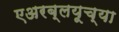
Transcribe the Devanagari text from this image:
एअरब्लयूच्या